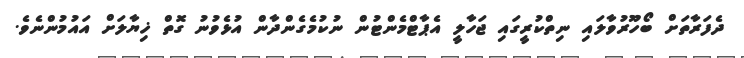
ދެފަރާތަށް ބޯހޫރުވާލައި ނިތްކުރީގައި ޖަހާލީ އެޕާޓްމެންޓުން ނުކުމެގެންދާން އުޅެވުނު ގޮތް ޚިޔާލަށް އައުމުންނެވެ.